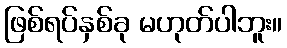
ဖြစ်ရပ်နှစ်ခု မဟုတ်ပါဘူး။